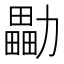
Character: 㔣